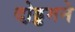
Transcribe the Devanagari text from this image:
दो़ड्डमने